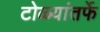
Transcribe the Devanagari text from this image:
टोळ्यांतर्फे